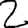
Digit: 2